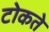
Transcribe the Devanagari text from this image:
टोकते